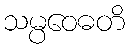
သမ္ပဝေဓတိ